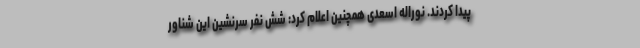
پیدا کردند. نوراله اسعدی همچنین اعلام کرد: شش نفر سرنشین این شناور